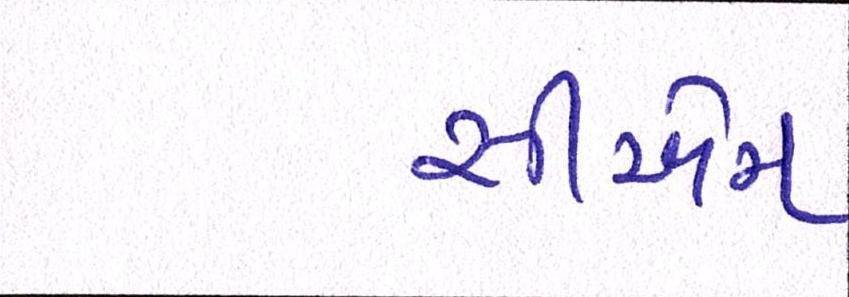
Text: સીએમ